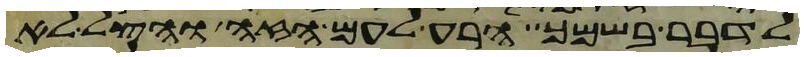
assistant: לדבר בשמך הרע לעם הזה והצל לא